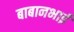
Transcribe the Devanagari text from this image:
बाबानभाई